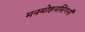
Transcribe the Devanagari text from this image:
मनमोहनसिंगनी